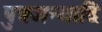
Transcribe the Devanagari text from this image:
पुत्रजन्मादि